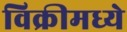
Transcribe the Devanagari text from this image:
विक्रीमध्ये